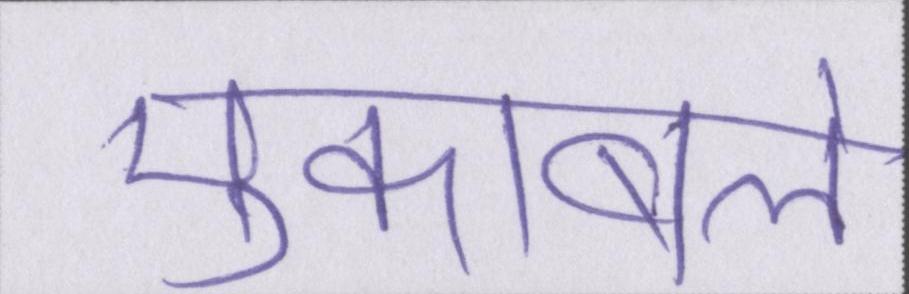
मुकाबले